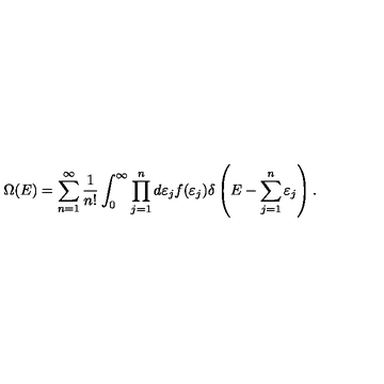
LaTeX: \Omega ( E ) = \sum _ { n = 1 } ^ { \infty } { \frac { 1 } { n ! } } \int _ { 0 } ^ { \infty } \prod _ { j = 1 } ^ { n } d \varepsilon _ { j } f ( \varepsilon _ { j } ) \delta \left( E - \sum _ { j = 1 } ^ { n } \varepsilon _ { j } \right) .